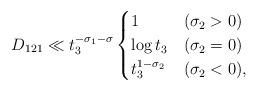
LaTeX: \begin{align*}D_{121} \ll t_3^{-\sigma_1-\sigma} \begin{cases}1 & (\sigma_2>0) \\\log t_3 & (\sigma_2=0) \\t_3^{1-\sigma_2} & (\sigma_2<0), \\\end{cases}\end{align*}